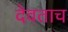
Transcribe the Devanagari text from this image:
देवताच